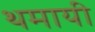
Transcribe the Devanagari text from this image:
थमायी